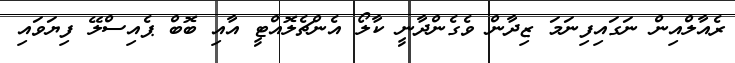
ރެއާލްއިން ނަގައިފިނަމަ ޒިދާން ވެގެންދާނީ ކާލޯ އެންޗެލޮއްޓީ އާއި ބޮބް ޕެއިސްލޭ ފިޔަވައި